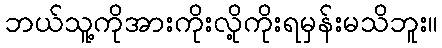
ဘယ်သူ့ကိုအားကိုးလို့ကိုးရမှန်းမသိဘူး။